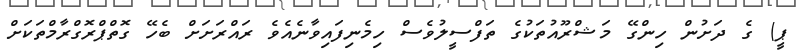
ޕީ) ގެ ދަށުން ހިންގޭ މަޝްރޫއުތަކުގެ ތަފްސީލުވެސް ހިމެނިފައިވާނެއެވެ ރައްރަށަށް ބެހޭ ގޮތްޕްރޮގްރާމްތަކަށް